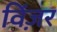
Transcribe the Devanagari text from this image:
विंज़र